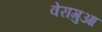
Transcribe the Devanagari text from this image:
वेरागुआ